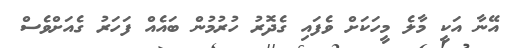
އޭނާ އަކީ މާލެ މީހަކަށް ވެފައި ގެދޮރު ހުރުމުން ބައެއް ފަހަރު ގެއަށްވެސް